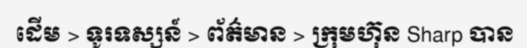
ដើម > ទូរទស្សន៍ > ព័ត៌មាន > ក្រុមហ៊ុន Sharp បាន